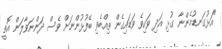
"އަޅުގަނޑުމެންނާ ގުޅި އަދި ވަކިވެ ވަޑައިގެން ތިއްބެވި ބޭފުޅުންނަށް ވެސް ދަންނަވާލަން އޮތީ